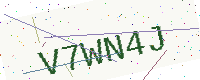
Text: V7WN4J